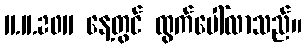
11.11.2011 နေ့တွင် ထွက်ပေါ်လာသည်။